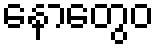
နောတွေဝ